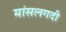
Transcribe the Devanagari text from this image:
मांसलगदी